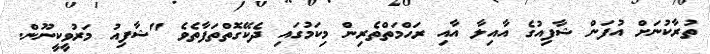
ތުރާކުނަށް އުފަން ޝާފިއުގެ އާއިލާ އާއި ރަހްމަތްތެރިން މިކަމުގައި ދެކޭގޮތްތަފާތެވެ "ޝާފިއު މަރުވީކީނޫން.